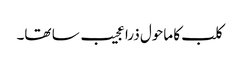
کلب کا ماحول ذرا عجیب سا تھا۔